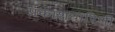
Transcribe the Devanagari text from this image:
प्रकाशधारिणी